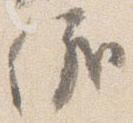
儀